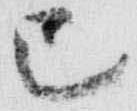
巳